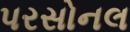
પરસોનલ